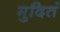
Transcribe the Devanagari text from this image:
मुदितं